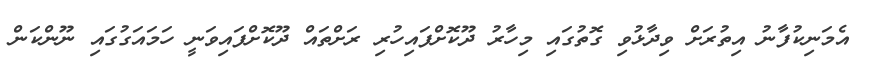
އެމަނިކުފާނު އިތުރަށް ވިދާޅުވި ގޮތުގައި މިހާރު ދޫކޮށްފައިހުރި ރަށްތައް ދޫކޮށްފައިވަނީ ހަމައަގުގައި ނޫންކަން